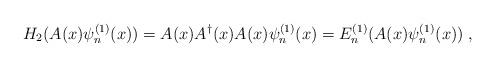
LaTeX: \begin{align*}H_2 (A(x)\psi_n^{(1)}(x))= A(x)A^\dagger(x)A(x)\psi_n^{(1)}(x) = E_n^{(1)}(A(x)\psi_n^{(1)}(x))\;,\end{align*}